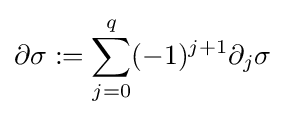
\partial \sigma :=\sum _{j=0}^{q}(-1)^{j+1}\partial _{j}\sigma